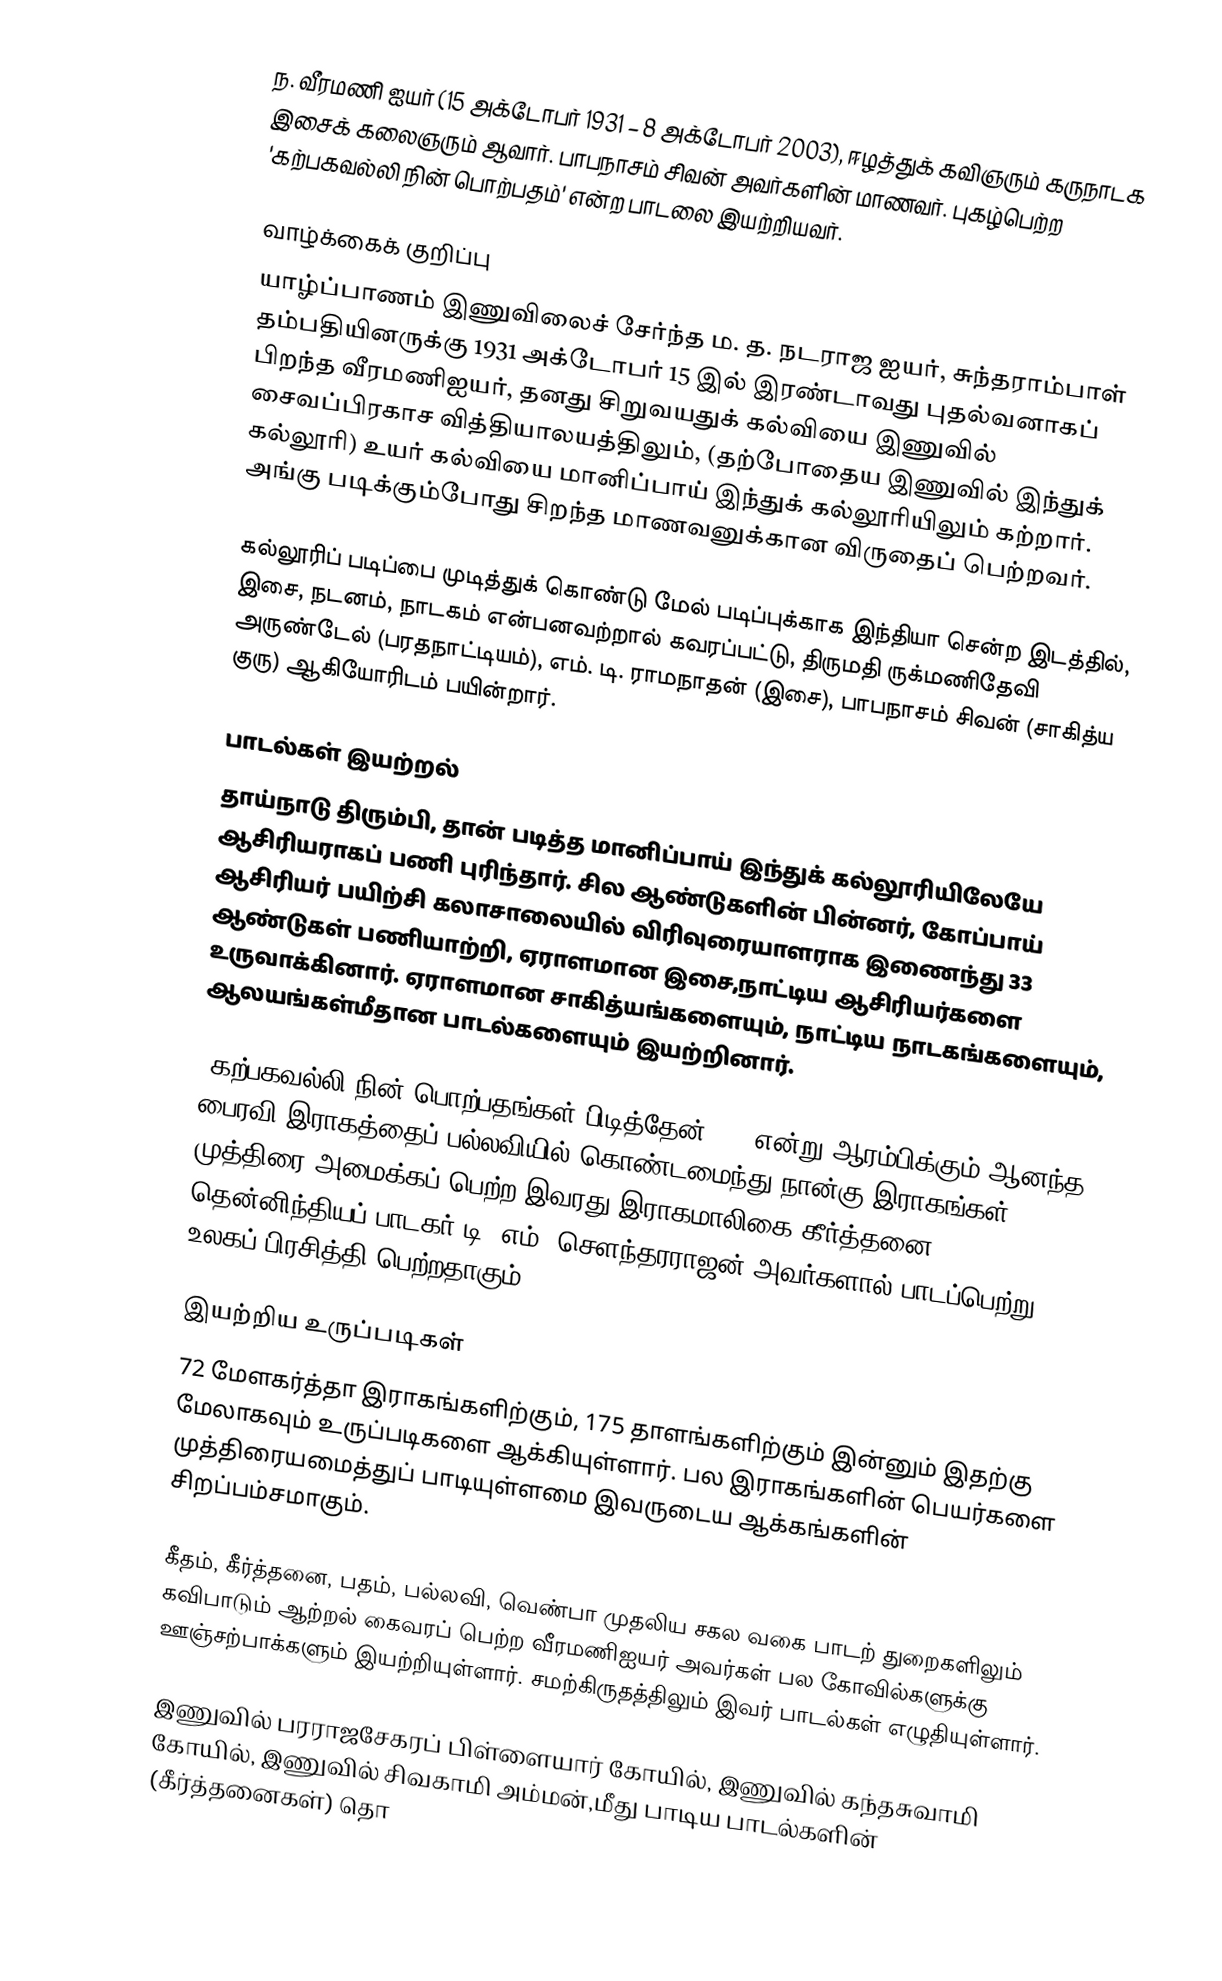
ந. வீரமணி ஐயர் (15 அக்டோபர் 1931 – 8 அக்டோபர் 2003), ஈழத்துக் கவிஞரும் கருநாடக இசைக் கலைஞரும் ஆவார். பாபநாசம் சிவன் அவர்களின் மாணவர். புகழ்பெற்ற 'கற்பகவல்லி நின் பொற்பதம்' என்ற பாடலை இயற்றியவர்.

வாழ்க்கைக் குறிப்பு
யாழ்ப்பாணம் இணுவிலைச் சேர்ந்த ம. த. நடராஜ ஐயர், சுந்தராம்பாள் தம்பதியினருக்கு 1931 அக்டோபர் 15 இல் இரண்டாவது புதல்வனாகப் பிறந்த வீரமணிஐயர், தனது சிறுவயதுக் கல்வியை இணுவில் சைவப்பிரகாச வித்தியாலயத்திலும், (தற்போதைய இணுவில் இந்துக் கல்லூரி) உயர் கல்வியை மானிப்பாய் இந்துக் கல்லூரியிலும் கற்றார். அங்கு படிக்கும்போது சிறந்த மாணவனுக்கான விருதைப் பெற்றவர்.

கல்லூரிப் படிப்பை முடித்துக் கொண்டு மேல் படிப்புக்காக இந்தியா சென்ற இடத்தில், இசை, நடனம், நாடகம் என்பனவற்றால் கவரப்பட்டு, திருமதி ருக்மணிதேவி அருண்டேல் (பரதநாட்டியம்), எம். டி. ராமநாதன் (இசை), பாபநாசம் சிவன் (சாகித்ய குரு) ஆகியோரிடம் பயின்றார்.

பாடல்கள் இயற்றல்
தாய்நாடு திரும்பி, தான் படித்த மானிப்பாய் இந்துக் கல்லூரியிலேயே ஆசிரியராகப் பணி புரிந்தார். சில ஆண்டுகளின் பின்னர், கோப்பாய் ஆசிரியர் பயிற்சி கலாசாலையில் விரிவுரையாளராக இணைந்து 33 ஆண்டுகள் பணியாற்றி, ஏராளமான இசை,நாட்டிய ஆசிரியர்களை உருவாக்கினார். ஏராளமான சாகித்யங்களையும், நாட்டிய நாடகங்களையும், ஆலயங்கள்மீதான பாடல்களையும் இயற்றினார்.

`கற்பகவல்லி நின் பொற்பதங்கள் பிடித்தேன்...' என்று ஆரம்பிக்கும் ஆனந்த பைரவி இராகத்தைப் பல்லவியில் கொண்டமைந்து நான்கு இராகங்கள் முத்திரை அமைக்கப் பெற்ற இவரது இராகமாலிகை கீர்த்தனை தென்னிந்தியப் பாடகர் டி. எம். சௌந்தரராஜன் அவர்களால் பாடப்பெற்று உலகப் பிரசித்தி பெற்றதாகும்.

இயற்றிய உருப்படிகள்
72 மேளகர்த்தா இராகங்களிற்கும், 175 தாளங்களிற்கும் இன்னும் இதற்கு மேலாகவும் உருப்படிகளை ஆக்கியுள்ளார். பல இராகங்களின் பெயர்களை முத்திரையமைத்துப் பாடியுள்ளமை இவருடைய ஆக்கங்களின் சிறப்பம்சமாகும்.

கீதம், கீர்த்தனை, பதம், பல்லவி, வெண்பா முதலிய சகல வகை பாடற் துறைகளிலும் கவிபாடும் ஆற்றல் கைவரப் பெற்ற வீரமணிஐயர் அவர்கள் பல கோவில்களுக்கு ஊஞ்சற்பாக்களும் இயற்றியுள்ளார். சமற்கிருதத்திலும் இவர் பாடல்கள் எழுதியுள்ளார்.

இணுவில் பரராஜசேகரப் பிள்ளையார் கோயில், இணுவில் கந்தசுவாமி கோயில், இணுவில் சிவகாமி அம்மன்,மீது பாடிய பாடல்களின் (கீர்த்தனைகள்) தொ